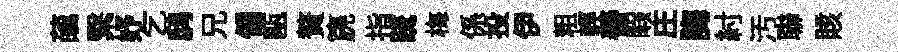
蘤繄妤乞鸱兄偏甌贅篪指䟽梅係投伊粗輕善睱庄誨紂汚聯賅